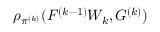
\rho _ { \pi ^ { ( k ) } } ( F ^ { ( k - 1 ) } W _ { k } , G ^ { ( k ) } )